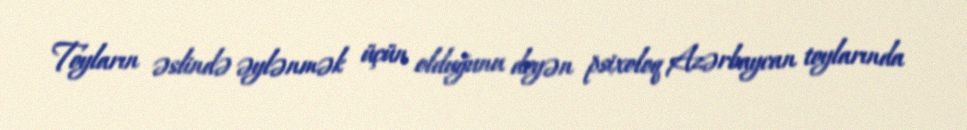
Toyların əslində əylənmək üçün olduğunu deyən psixoloq Azərbaycan toylarında